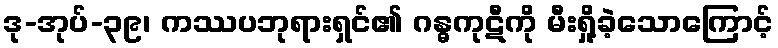
ဒု-အုပ်-၃၉၊ ကဿပဘုရားရှင်၏ ဂန္ဓကုဋီကို မီးရှို့ခဲ့သောကြောင့်